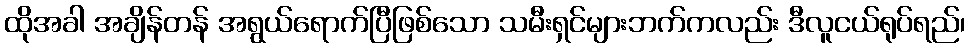
ထိုအခါ အချိန်တန် အရွယ်ရောက်ပြီဖြစ်သော သမီးရှင်များဘက်ကလည်း ဒီလူငယ်ရုပ်ရည်၊